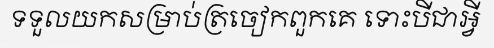
ទទួលយកសម្រាប់ត្រចៀកពួកគេ ទោះបីជាអ្វី